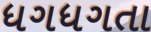
ધગધગતા